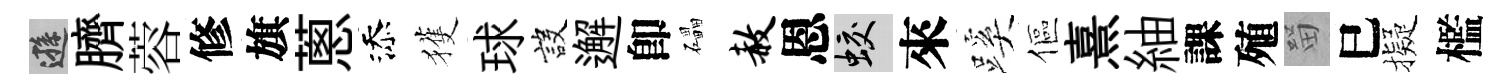
遜臍蓉修旗蔥添獲球設邂卽礧赦恩蛟來蹊傴熹紬課殖㽞巳擬檻